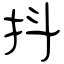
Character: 抖